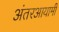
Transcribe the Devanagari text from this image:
अंतरआयामी